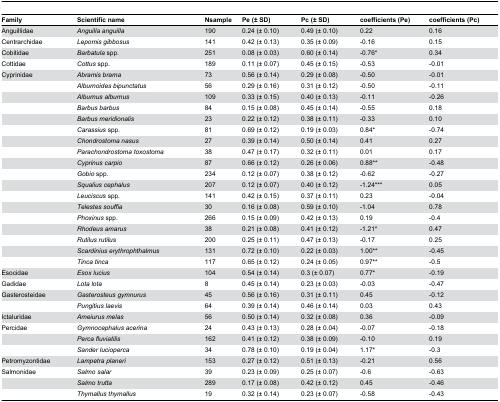
<table><thead><tr><td><b>Family</b></td><td><b>Scientific name</b></td><td><b>Nsample</b></td><td><b>Pe (± SD)</b></td><td><b>Pc (± SD)</b></td><td><b>coefficients (Pe)</b></td><td><b>coefficients (Pc)</b></td></tr></thead><tbody><tr><td>Anguillidae</td><td><i>Anguilla anguilla</i></td><td>190</td><td>0.24 (± 0.10)</td><td>0.49 (± 0.10)</td><td>0.22</td><td>0.16</td></tr><tr><td>Centrarchidae</td><td><i>Lepomis gibbosus</i></td><td>141</td><td>0.42 (± 0.13)</td><td>0.35 (± 0.09)</td><td>-0.16</td><td>0.15</td></tr><tr><td>Cobitidae</td><td><i>Barbatula</i> spp.</td><td>251</td><td>0.08 (± 0.03)</td><td>0.60 (± 0.14)</td><td>-0.76*</td><td>0.34</td></tr><tr><td>Cottidae</td><td><i>Cottus</i> spp.</td><td>189</td><td>0.11 (± 0.07)</td><td>0.45 (± 0.15)</td><td>-0.53</td><td>-0.01</td></tr><tr><td>Cyprinidae</td><td><i>Abramis brama</i></td><td>73</td><td>0.56 (± 0.14)</td><td>0.29 (± 0.08)</td><td>-0.50</td><td>-0.01</td></tr><tr><td></td><td><i>Alburnoides bipunctatus</i></td><td>56</td><td>0.29 (± 0.16)</td><td>0.31 (± 0.12)</td><td>-0.50</td><td>-0.11</td></tr><tr><td></td><td><i>Alburnus alburnus</i></td><td>109</td><td>0.33 (± 0.15)</td><td>0.40 (± 0.13)</td><td>-0.11</td><td>-0.26</td></tr><tr><td></td><td><i>Barbus barbus</i></td><td>84</td><td>0.15 (± 0.08)</td><td>0.45 (± 0.14)</td><td>-0.55</td><td>0.18</td></tr><tr><td></td><td><i>Barbus meridionalis</i></td><td>23</td><td>0.22 (± 0.12)</td><td>0.38 (± 0.11)</td><td>-0.33</td><td>0.10</td></tr><tr><td></td><td><i>Carassius</i> spp.</td><td>81</td><td>0.69 (± 0.12)</td><td>0.19 (± 0.03)</td><td>0.84*</td><td>-0.74</td></tr><tr><td></td><td><i>Chondrostoma nasus</i></td><td>27</td><td>0.39 (± 0.14)</td><td>0.50 (± 0.14)</td><td>0.41</td><td>0.27</td></tr><tr><td></td><td><i>Parachondrostoma toxostoma</i></td><td>38</td><td>0.47 (± 0.17)</td><td>0.32 (± 0.11)</td><td>0.01</td><td>0.17</td></tr><tr><td></td><td><i>Cyprinus carpio</i></td><td>87</td><td>0.66 (± 0.12)</td><td>0.26 (± 0.06)</td><td>0.88**</td><td>-0.48</td></tr><tr><td></td><td><i>Gobio</i> spp.</td><td>234</td><td>0.12 (± 0.07)</td><td>0.38 (± 0.12)</td><td>-0.62</td><td>-0.27</td></tr><tr><td></td><td><i>Squalius cephalus</i></td><td>207</td><td>0.12 (± 0.07)</td><td>0.40 (± 0.12)</td><td>-1.24***</td><td>0.05</td></tr><tr><td></td><td><i>Leuciscus</i> spp.</td><td>141</td><td>0.42 (± 0.15)</td><td>0.37 (± 0.11)</td><td>0.23</td><td>-0.04</td></tr><tr><td></td><td><i>Telestes souffia</i></td><td>30</td><td>0.16 (± 0.08)</td><td>0.59 (± 0.10)</td><td>-1.04</td><td>0.78</td></tr><tr><td></td><td><i>Phoxinus</i> spp.</td><td>266</td><td>0.15 (± 0.09)</td><td>0.42 (± 0.13)</td><td>0.19</td><td>-0.4</td></tr><tr><td></td><td><i>Rhodeus amarus</i></td><td>38</td><td>0.21 (± 0.08)</td><td>0.41 (± 0.12)</td><td>-1.21*</td><td>0.47</td></tr><tr><td></td><td><i>Rutilus rutilus</i></td><td>200</td><td>0.25 (± 0.11)</td><td>0.47 (± 0.13)</td><td>-0.17</td><td>0.25</td></tr><tr><td></td><td><i>Scardinius erythrophthalmus</i></td><td>131</td><td>0.72 (± 0.10)</td><td>0.22 (± 0.03)</td><td>1.00**</td><td>-0.45</td></tr><tr><td></td><td><i>Tinca tinca</i></td><td>117</td><td>0.65 (± 0.12)</td><td>0.24 (± 0.05)</td><td>0.97**</td><td>-0.5</td></tr><tr><td>Esocidae</td><td><i>Esox lucius</i></td><td>104</td><td>0.54 (± 0.14)</td><td>0.3 (± 0.07)</td><td>0.77*</td><td>-0.19</td></tr><tr><td>Gadidae</td><td><i>Lota lota</i></td><td>8</td><td>0.45 (± 0.14)</td><td>0.23 (± 0.03)</td><td>-0.03</td><td>-0.47</td></tr><tr><td>Gasterosteidae</td><td><i>Gasterosteus gymnurus</i></td><td>45</td><td>0.56 (± 0.16)</td><td>0.31 (± 0.11)</td><td>0.45</td><td>-0.12</td></tr><tr><td></td><td><i>Pungitius laevis</i></td><td>64</td><td>0.39 (± 0.14)</td><td>0.46 (± 0.14)</td><td>0.03</td><td>0.43</td></tr><tr><td>Ictaluridae</td><td><i>Ameiurus melas</i></td><td>56</td><td>0.50 (± 0.14)</td><td>0.32 (± 0.08)</td><td>0.36</td><td>-0.09</td></tr><tr><td>Percidae</td><td><i>Gymnocephalus acerina</i></td><td>24</td><td>0.43 (± 0.13)</td><td>0.28 (± 0.04)</td><td>-0.07</td><td>-0.18</td></tr><tr><td></td><td><i>Perca fluviatilis</i></td><td>162</td><td>0.41 (± 0.12)</td><td>0.38 (± 0.09)</td><td>-0.10</td><td>0.19</td></tr><tr><td></td><td><i>Sander lucioperca</i></td><td>34</td><td>0.78 (± 0.10)</td><td>0.19 (± 0.04)</td><td>1.17*</td><td>-0.3</td></tr><tr><td>Petromyzontidae</td><td><i>Lampetra planeri</i></td><td>153</td><td>0.27 (± 0.12)</td><td>0.51 (± 0.13)</td><td>-0.21</td><td>0.56</td></tr><tr><td>Salmonidae</td><td><i>Salmo salar</i></td><td>39</td><td>0.23 (± 0.09)</td><td>0.25 (± 0.07)</td><td>-0.6</td><td>-0.63</td></tr><tr><td></td><td><i>Salmo trutta</i></td><td>289</td><td>0.17 (± 0.08)</td><td>0.42 (± 0.12)</td><td>0.45</td><td>-0.46</td></tr><tr><td></td><td><i>Thymallus thymallus</i></td><td>19</td><td>0.32 (± 0.14)</td><td>0.23 (± 0.07)</td><td>-0.58</td><td>-0.43</td></tr></tbody></table>